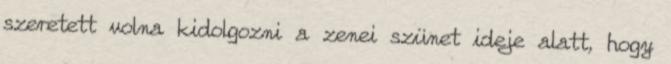
szeretett volna kidolgozni a zenei szünet ideje alatt, hogy